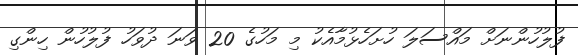
ފުލުހުންނަށް މައްސަލަ ހުށަހެޅުމާއެކު މި މަހުގެ 20 ވަނަ ދުވަހު ފުލުހުން ހިންގި